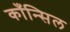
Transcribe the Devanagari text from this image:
काँन्सिल